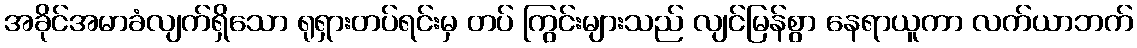
အခိုင်အမာခံလျက်ရှိသော ရုရှားတပ်ရင်းမှ တပ် ကြွင်းများသည် လျင်မြန်စွာ နေရာယူကာ လက်ယာဘက်